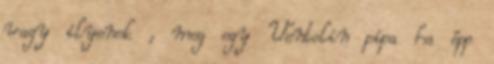
vagy ilyenek , meg egy Ventolin pipa ha épp